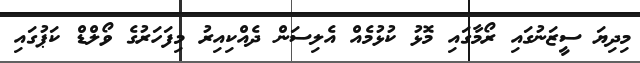
މިދިޔަ ސީޒަނުގައި ރޯމާގައި މޮޅު ކުޅުމެއް އެލިސަން ދެއްކިއިރު މިފަހަރުގެ ވޯލްޑް ކަޕުގައި